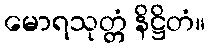
မောရသုတ္တံ နိဋ္ဌိတံ။